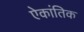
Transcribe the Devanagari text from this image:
ऐकांतिक